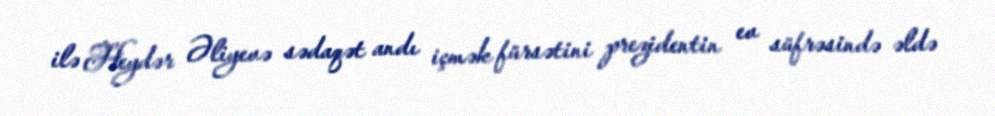
ilə Heydər Əliyevə sədaqət andı içmək fürsətini prezidentin ev süfrəsində əldə